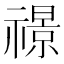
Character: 𮂙